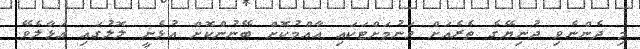
މި ދެންނެވި ދުނިޔޭގެ ތެރެއަށް ވަނުމަށްޓަކައި އާއްމުކޮށް ބޭނުންކޮށް އުޅެނީ ލޮލުގައި އަޅާލެވޭ